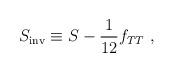
LaTeX: \begin{align*}S_{\rm inv}\equiv S-{1\over 12}f_{TT}\ ,\end{align*}